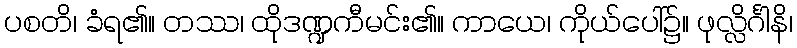
ပစတိ၊ ခံရ၏။ တဿ၊ ထိုဒဏ္ဍကီမင်း၏။ ကာယေ၊ ကိုယ်ပေါ်၌။ ဖုလ္လိင်္ဂါနိ၊